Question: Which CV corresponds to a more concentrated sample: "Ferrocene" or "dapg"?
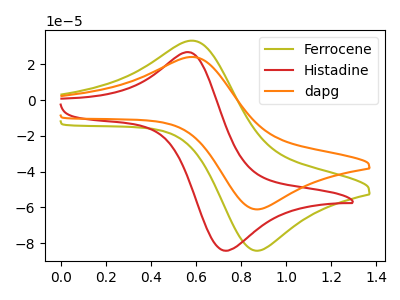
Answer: <think>The olive curve "Ferrocene" has an anodic peak at (0.60V, 33.20uA) and a cathodic peak at (0.85V, -84.25uA). The red curve "Histadine" has an anodic peak at (0.60V, 26.55uA) and a cathodic peak at (0.75V, -84.25uA). The orange curve "dapg" has an anodic peak at (0.60V, 24.10uA) and a cathodic peak at (0.85V, -61.10uA).
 All the peaks in "Ferrocene" have a peak in "dapg" at the same potential. Every peak in "Ferrocene" is higher than every peak in "dapg".</think>
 <answer>"Ferrocene" has more signal than "dapg" and so likely has a higher concentration.</answer>
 <eval>more_concentration</eval>